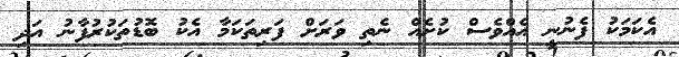
އެކަމަކު ފެނުނީ އެއްވެސް ކުށެއް ނެތި ވަރަށް ފަރިތަކަމާ އެކު ބޮޑުތަކުރުފާނު އަދި